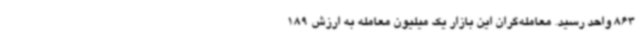
863 واحد رسید. معامله‌گران این بازار یک میلیون معامله به ارزش 189